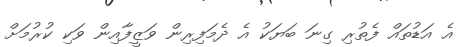
އެ އަޑުތައް ފެތުރި ގިނަ ބަޔަކު އެ ދެމަފިރިން ވަޒީފާއިން ވަކި ކުރުމަށް